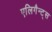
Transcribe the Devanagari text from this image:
एलिगैन्ट्स